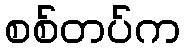
စစ်တပ်က